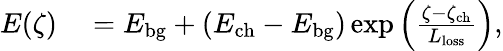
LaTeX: \begin{array}{rl}{E(\zeta)}&{{}=E_{\mathrm{bg}}+(E_{\mathrm{ch}}-E_{\mathrm{bg}})\exp\left(\frac{\zeta-\zeta_{\mathrm{ch}}}{L_{\mathrm{loss}}}\right),}\end{array}